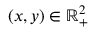
( x , y ) \in \mathbb { R } _ { + } ^ { 2 }